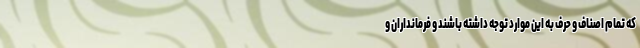
که تمام اصناف و حرف به این موارد توجه داشته باشند و فرمانداران و